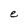
Character: e